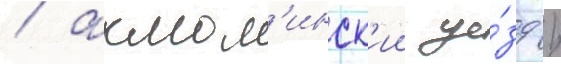
/ акмол'инск'ии уе́зд /